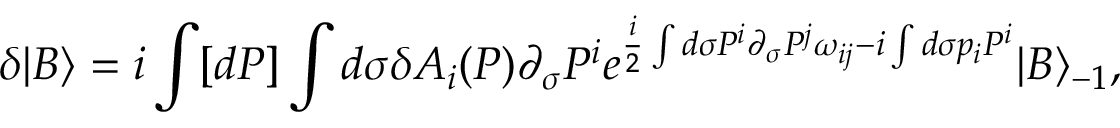
\delta | B \rangle = i \int [ d P ] \int d \sigma \delta A _ { i } ( P ) \partial _ { \sigma } P ^ { i } e ^ { \frac { i } { 2 } \int d \sigma P ^ { i } \partial _ { \sigma } P ^ { j } \omega _ { i j } - i \int d \sigma p _ { i } P ^ { i } } | B \rangle _ { - 1 } ,